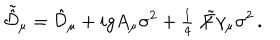
\tilde { \hat { \cal D } } _ { \mu } = \hat { \cal D } _ { \mu } + i g A _ { \mu } \sigma ^ { 2 } + { \textstyle \frac { 1 } { 4 } } \not \! \tilde { F } \gamma _ { \mu } \sigma ^ { 2 } \, .